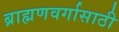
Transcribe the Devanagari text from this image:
ब्राह्मणवर्गासाठी